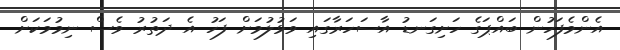
އެންމެފަހުން ބައްޕަގެ ހަށިގަނޑު އާސަހަރާގައި ވަޅުލުމަށް ފަހު އެ ދަތުރު ވެސް ނިމުމަކަށް